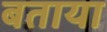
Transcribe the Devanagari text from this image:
बताया